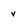
Character: v